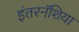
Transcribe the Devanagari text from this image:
इंतरनॅशिया